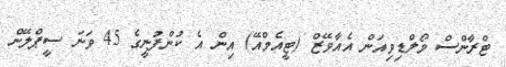
ޓްރާންސް މޯލްޑިވިއަން އެއާވޭޒް (ޓީއެމްއޭ) އިން އެ ކުންފުނީގެ 45 ވަނަ ސީޕްލޭން